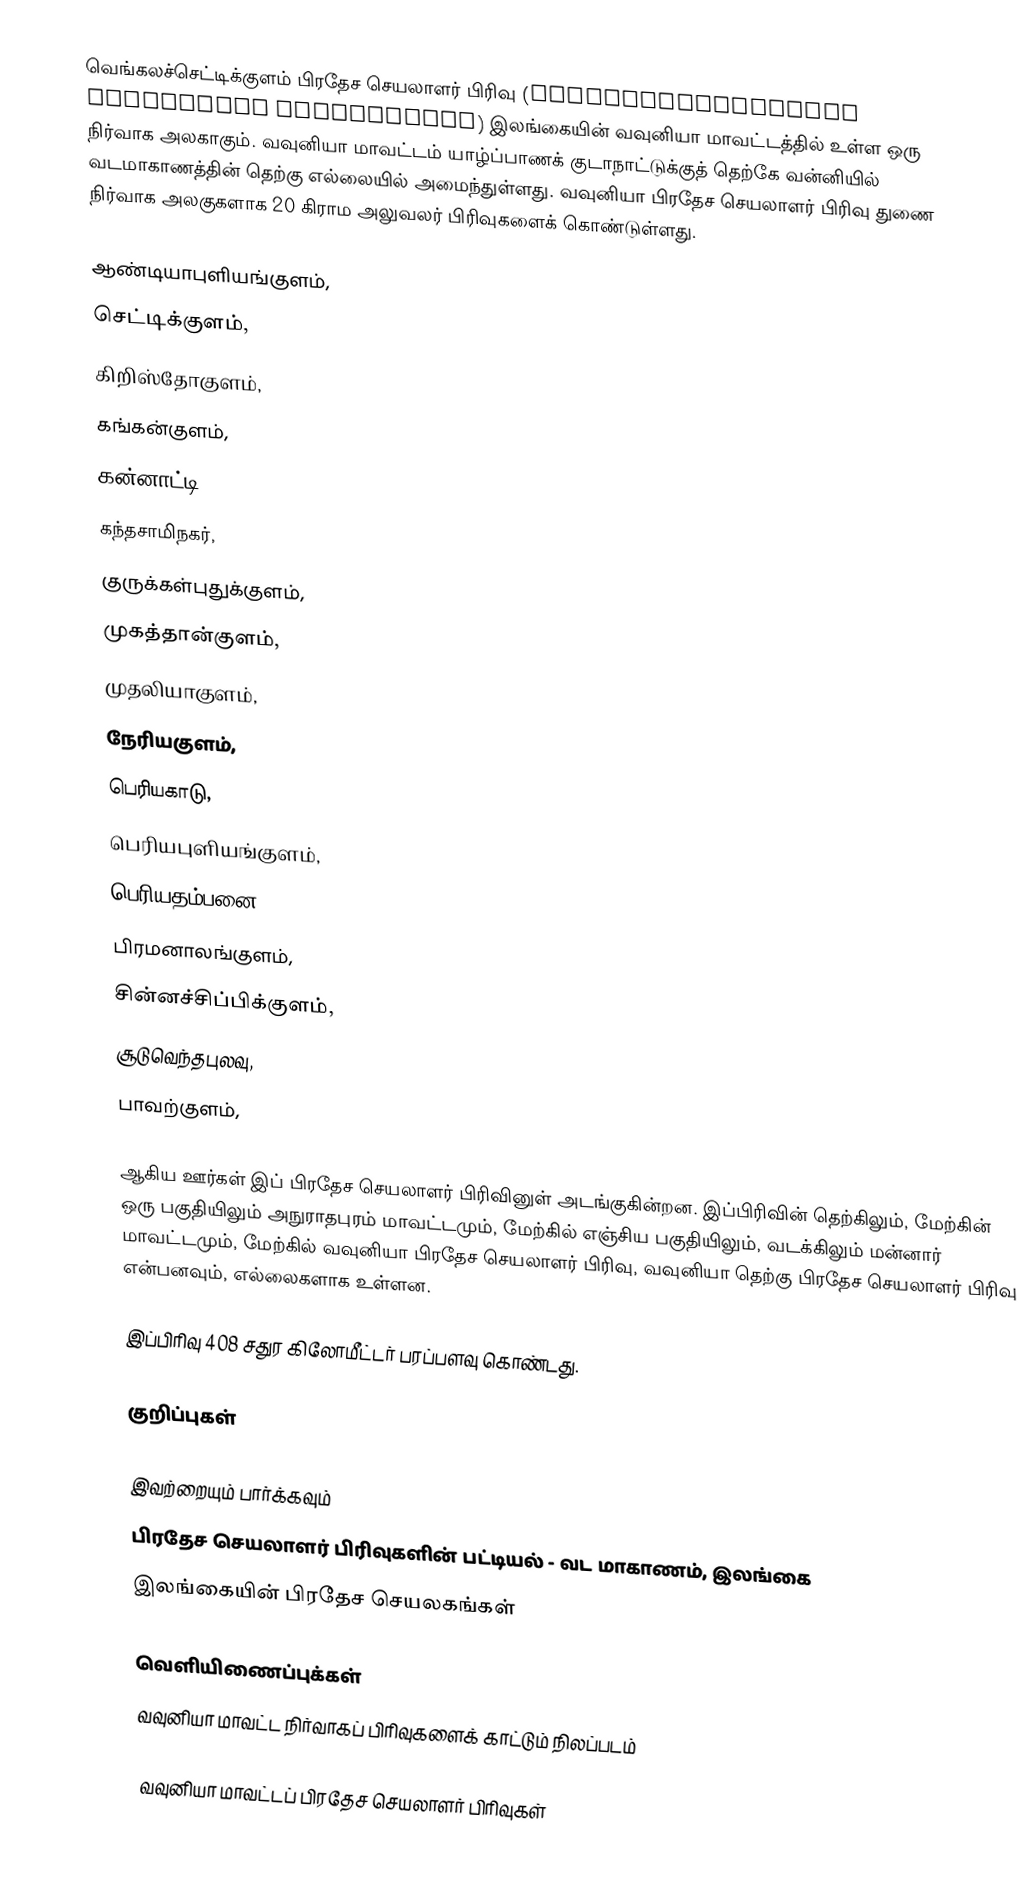
வெங்கலச்செட்டிக்குளம் பிரதேச செயலாளர் பிரிவு (Vengalacheddikulam Divisional Secretariat) இலங்கையின் வவுனியா மாவட்டத்தில் உள்ள ஒரு நிர்வாக அலகாகும். வவுனியா மாவட்டம் யாழ்ப்பாணக் குடாநாட்டுக்குத் தெற்கே வன்னியில் வடமாகாணத்தின் தெற்கு எல்லையில் அமைந்துள்ளது. வவுனியா பிரதேச செயலாளர் பிரிவு துணை நிர்வாக அலகுகளாக 20 கிராம அலுவலர் பிரிவுகளைக் கொண்டுள்ளது.

 ஆண்டியாபுளியங்குளம்,
 செட்டிக்குளம்,
 கிறிஸ்தோகுளம்,
 கங்கன்குளம்,
 கன்னாட்டி,
 கந்தசாமிநகர்,
 குருக்கள்புதுக்குளம்,
 முகத்தான்குளம்,
 முதலியாகுளம்,
 நேரியகுளம்,
 பெரியகாடு,
 பெரியபுளியங்குளம்,
 பெரியதம்பனை,
 பிரமனாலங்குளம்,
 சின்னச்சிப்பிக்குளம்,
 சூடுவெந்தபுலவு,
 பாவற்குளம்,

ஆகிய ஊர்கள் இப் பிரதேச செயலாளர் பிரிவினுள் அடங்குகின்றன. இப்பிரிவின் தெற்கிலும், மேற்கின் ஒரு பகுதியிலும் அநுராதபுரம் மாவட்டமும், மேற்கில் எஞ்சிய பகுதியிலும், வடக்கிலும் மன்னார் மாவட்டமும், மேற்கில் வவுனியா பிரதேச செயலாளர் பிரிவு, வவுனியா தெற்கு பிரதேச செயலாளர் பிரிவு என்பனவும், எல்லைகளாக உள்ளன.

இப்பிரிவு 408 சதுர கிலோமீட்டர் பரப்பளவு கொண்டது.

குறிப்புகள்

இவற்றையும் பார்க்கவும்
 பிரதேச செயலாளர் பிரிவுகளின் பட்டியல் - வட மாகாணம், இலங்கை
 இலங்கையின் பிரதேச செயலகங்கள்

வெளியிணைப்புக்கள்
 வவுனியா மாவட்ட நிர்வாகப் பிரிவுகளைக் காட்டும் நிலப்படம்

வவுனியா மாவட்டப் பிரதேச செயலாளர் பிரிவுகள்